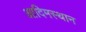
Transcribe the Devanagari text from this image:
आदिमस्थान